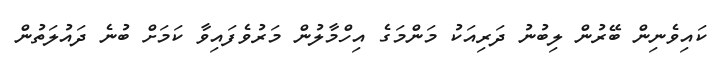
ކައިވެނިން ބޭރުން ލިބުނު ދަރިއަކު މަންމަގެ އިހްމާލުން މަރުވެފައިވާ ކަމަށް ބުނެ ދައުލަތުން